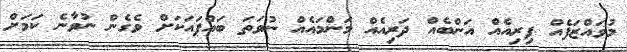
މުވައްޒަފެއް ފިރިއެއް އަންބެއް ދަރިއެއް މަންމައެއް ނުވަތަ ބައްޕައަކަށް ވެގެން ނުވާނެ ކަމަށް